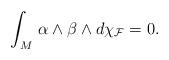
LaTeX: \begin{align*}\int_M\,\alpha\wedge\beta\wedge d\chi_{\mathcal{F}}=0.\end{align*}